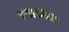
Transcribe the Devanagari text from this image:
वनस्पतीनी